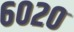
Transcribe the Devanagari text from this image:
६०२०